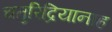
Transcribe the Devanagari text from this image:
चतुरिंद्रियानाह